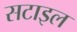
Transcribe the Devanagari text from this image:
सटाइल